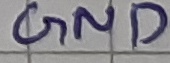
Text: GND